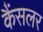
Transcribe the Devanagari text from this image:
कैंसलर